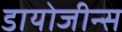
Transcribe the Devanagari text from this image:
डायोजीन्स